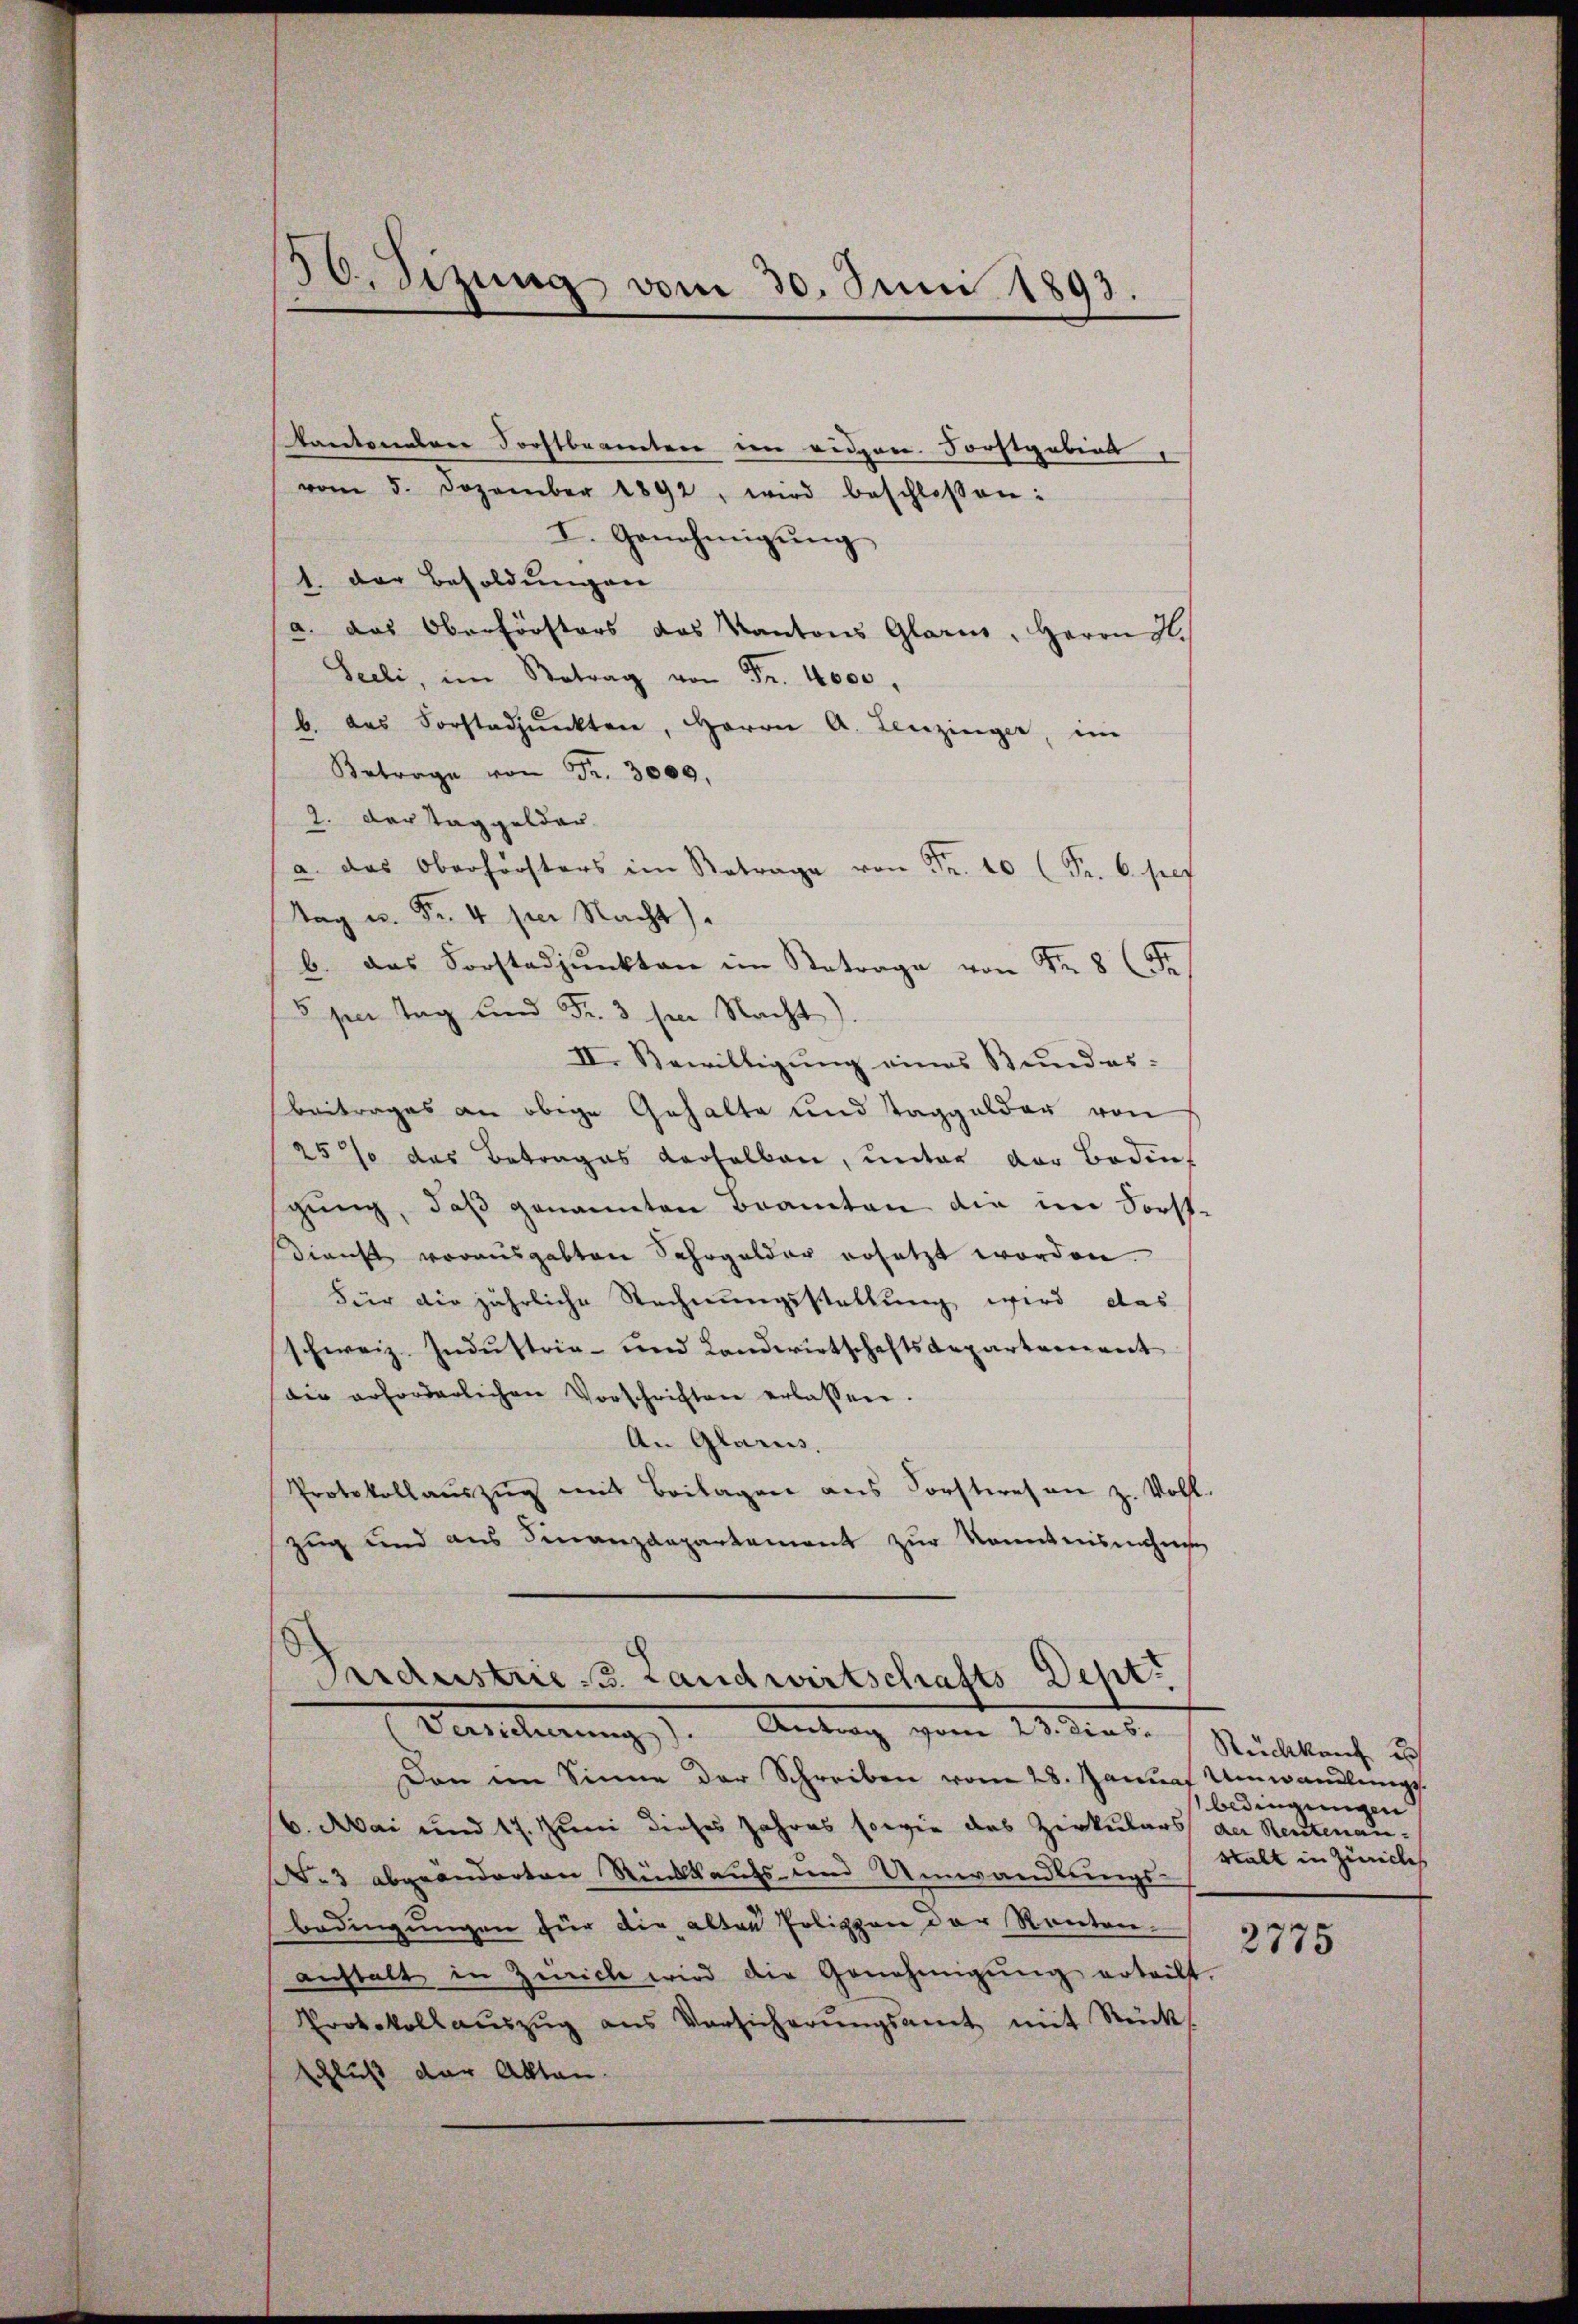
30. Sizung vom 30. Juni 1893.

Kantonderer Forstbeamten im eidgen. Forstgabens
vom 5. Dezember 1892, wird beschlossen:
I. Genehmigŭng
1. der Besoldungen
a. das Oberförsters des Kantons Glarus, Herrn H.
Seeli, im Betrag von Fr. 4000.
b. das Forstadpŭnkten, Herrn A. Lenzinger, im
Betrage von Fr. 3000.
2. Der Taggelder.
a. das Oberförsters im Betrage von Fr. 10 Fr. 6. pres
Tag u. Fr. 4 per Nacht).
b. das Forstadjunkten im Betrage von Fr. 8 (Fr
5 per Tag und Fr. 3 sei Nacht).
II. Bewilligung eines Bundes-
Beitrages an obige Gehalte und Taggelder von
25% das Betrages verhalben, unter der Bodens
gung, daß genannten Beamten die im Sorst¬
Dienst vorausgabten Sahrgelder ersetzt worden.
Für die jährliche Rechnungsstattung wird das
schweiz. Industria- und Landwirtschaftsdepartement
die erforderlichen Vorschriften erlassen.
An Glarus,
Protokollaŭszŭg mit Beilagen ans Forstwesen z. Voll.
zug und aus Finanzdepartement zur Kenntnisnahmen

Prdestrie 3. Landwirtschafts Dept.
Decherung). Antrag zum Adente Rückkauf ich

Den im Sinne der Schreiben vom 28. Januar Umwandlungs
6. Mai und 17. Juni dieses Jahres sowie das Zirkulars der Reutenau¬
N. 3 abgeänderten Rückkaufs- und Umwandlungs-
bedingŭngen für die alten Polippen der Renten.
anstalt in Zürich wird die Genehmigŭng erteilt.
Protokollaŭszŭg ans Versicherŭngsamt mit Rück-
schluß der Akten.

bedingungen
stalt in Zürichs

2775